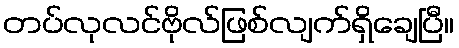
တပ်လုလင်ဗိုလ်ဖြစ်လျက်ရှိချေပြီ။